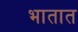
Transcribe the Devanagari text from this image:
भातात